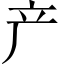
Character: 产